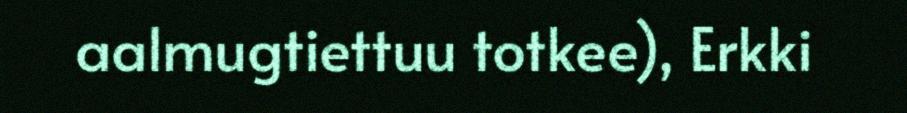
aalmugtiettuu totkee), Erkki